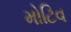
મોટિવ